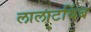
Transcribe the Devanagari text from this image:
लालाटबिंब